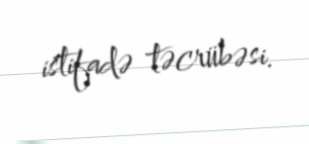
istifadə təcrübəsi.